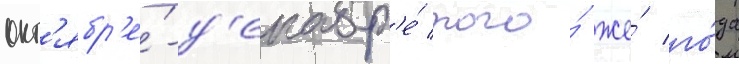
окт'ябр'е́-д'екабр'е́ того́ же́ го́да